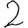
Digit: 2